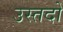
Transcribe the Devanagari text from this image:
उस्तदो